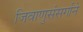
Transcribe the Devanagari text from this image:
जिवाणुसंसर्गाने